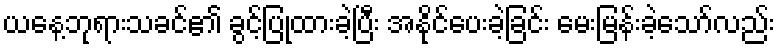
ယနေ့ဘုရားသခင်၏ ခွင့်ပြုထားခဲ့ပြီး အနိုင်ပေးခဲ့ခြင်း မေးမြန်းခဲ့သော်လည်း